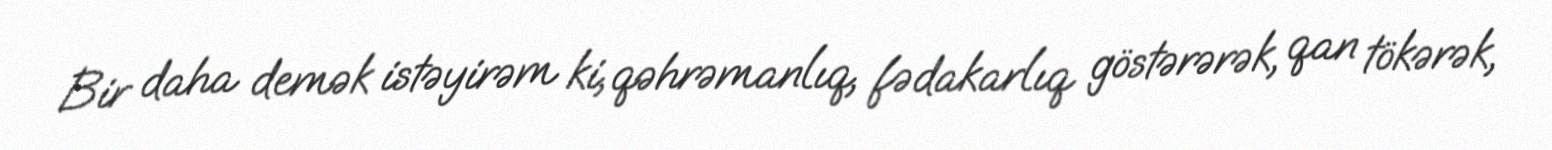
Bir daha demək istəyirəm ki, qəhrəmanlıq, fədakarlıq göstərərək, qan tökərək,